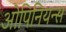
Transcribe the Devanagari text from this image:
ओपिनियन्स